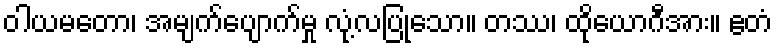
ဝါယမတော၊ အမျက်ပျောက်မှု လုံ့လပြုသော။ တဿ၊ ထိုယောဂီအား။ ဧတံ